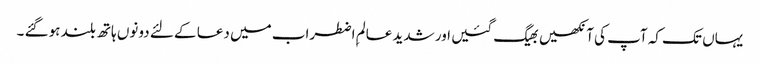
یہاں تک کہ آپ کی آنکھیں بھیگ گئیں اور شدید عالمِ اضطراب میں دعا کے لئے دونوں ہاتھ بلند ہوگئے ۔